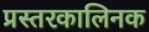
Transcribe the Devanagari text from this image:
प्रस्तरकालिनक